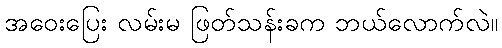
အဝေးပြေး လမ်းမ ဖြတ်သန်းခက ဘယ်လောက်လဲ။